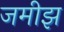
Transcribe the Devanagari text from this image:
जमीझ